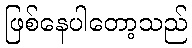
ဖြစ်နေပါတော့သည်